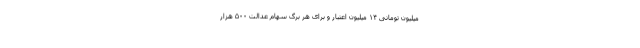
میلیون تومانی ۱۴ میلیون اعتبار و برای هر برگ سهام عدالت ۵۰۰ هزار